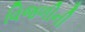
વિજળીની